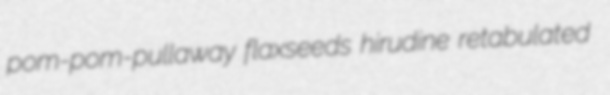
pom-pom-pullaway flaxseeds hirudine retabulated